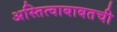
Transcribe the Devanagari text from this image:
अस्तित्वाबाबतची